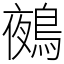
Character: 鵺